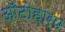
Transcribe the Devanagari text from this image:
ऑटोहार्प